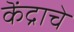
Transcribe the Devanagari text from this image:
कॆंद्राचे